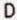
D